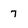
Character: 7